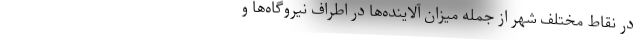
در نقاط مختلف شهر از جمله میزان آلاینده‌ها در اطراف نیروگاه‌ها و